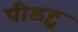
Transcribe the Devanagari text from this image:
पीडब्लू